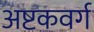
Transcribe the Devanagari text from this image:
अष्टकवर्ग